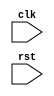
module behavior_model (
    input clk,
    input rst,
    // define the rest of the input and output ports here

);

// declare any internal signals or variables here

always @(posedge rst) begin
    // define the operations to be executed when reset signal transitions from low to high
    // based on the functionality of the circuit being modeled
end

endmodule